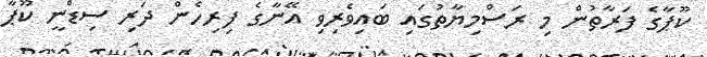
ކޫޕާގެ ފަރާތުން މި ރަސްމިޔާތުގައި ބައިވެރިވި އޭނާގެ ފިރިހެން ދަރި ސިޑްނީ ކޫޕާ